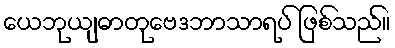
ယေဘုယျဓာတုဗေဒဘာသာရပ် ဖြစ်သည်။